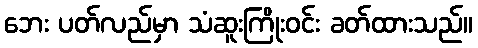
ဘေး ပတ်လည်မှာ သံဆူးကြိုးဝင်း ခတ်ထားသည်။